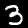
Digit: 3